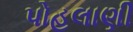
પોહલાણી